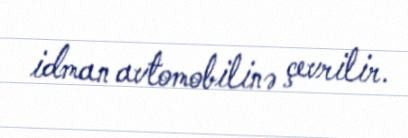
idman avtomobilinə çevrilir.